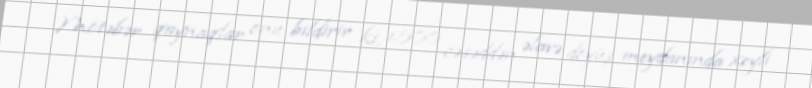
Mötəbər qaynaqlar onu bildirir ki, 1500 cəsəddən əlavə döyüş meydanında xeyli